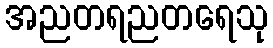
အညတရညတရေသု